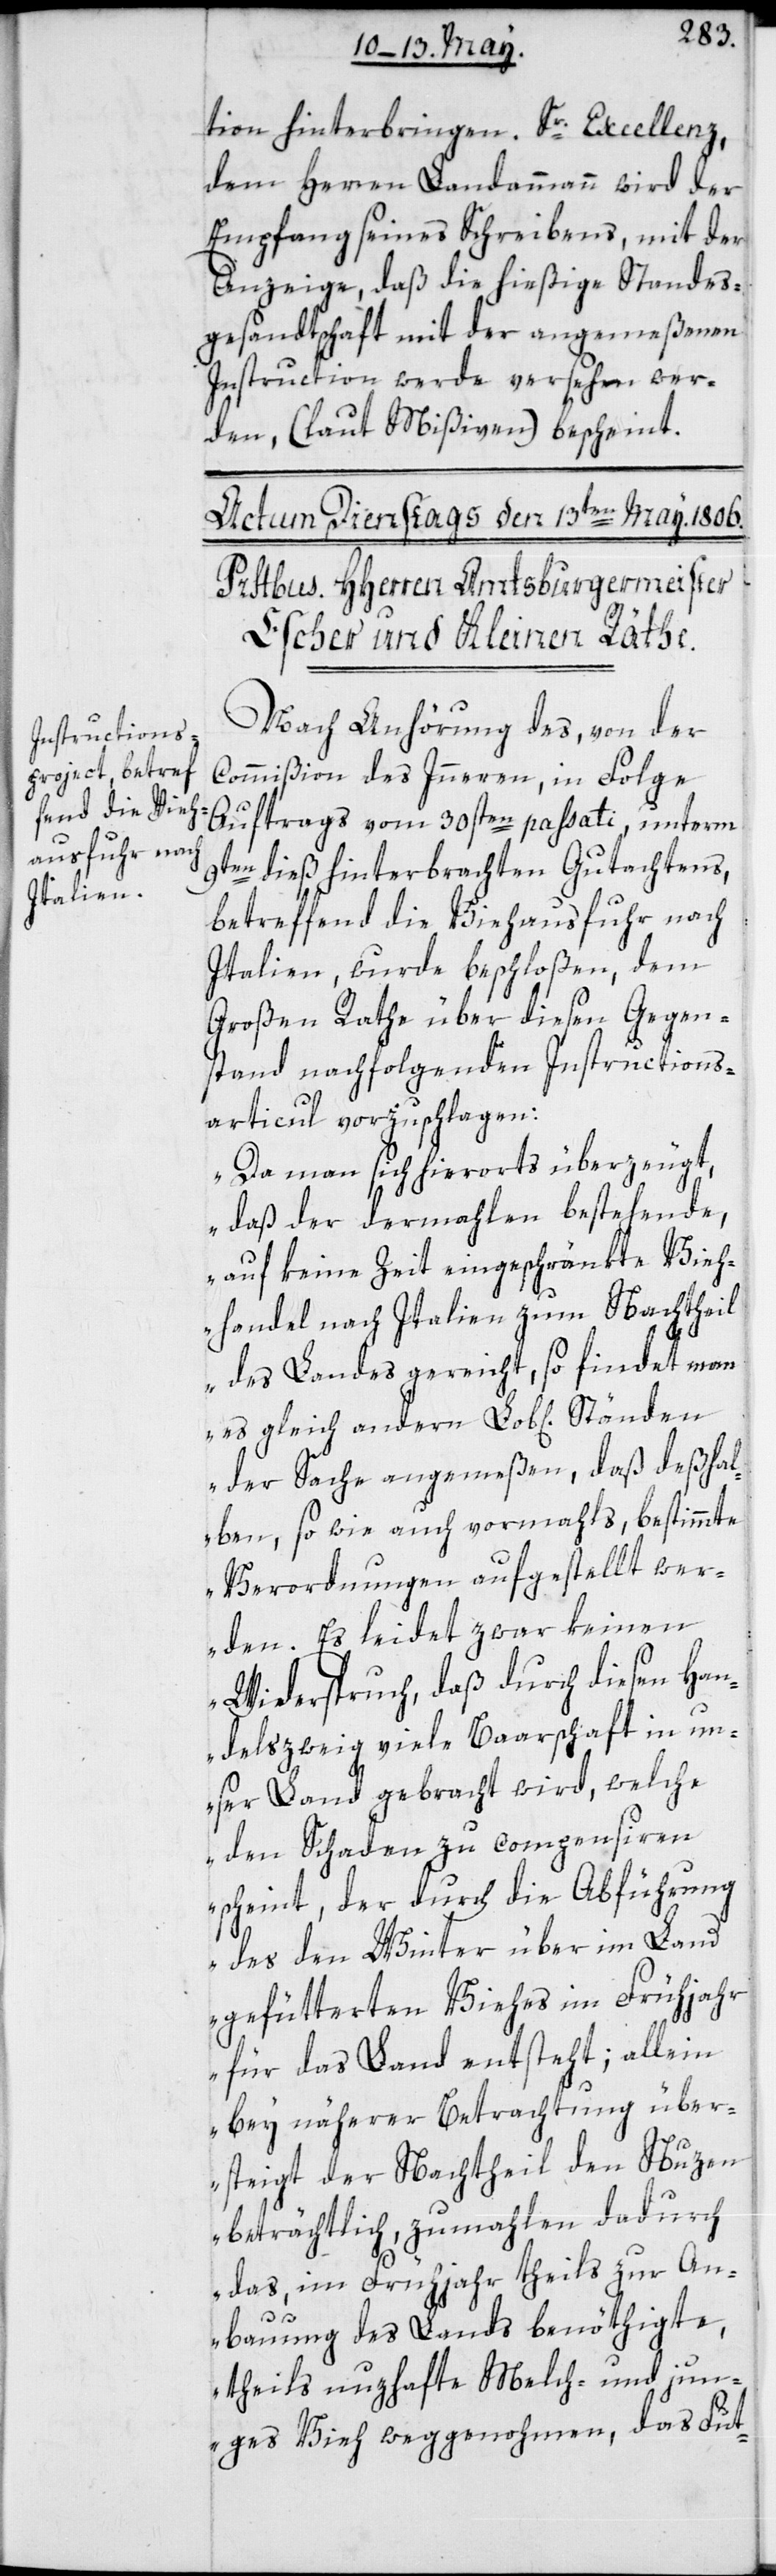
tion hinterbringen. Sr. Excellenz,
dem Herren Landammann wird der
Empfang seines Schreibens mit der
Anzeige, daß die hießige Standes¬
gesandtschaft mit der angemeßenen
Instruction werde versehen wer¬
den, (laut Mißiven) bescheint.
Nach Anhörung des von der
Commißion des Innern in Folge
Auftrags vom 30sten passati, unterm
9ten dieß hinterbrachten Gutachtens,
betreffend die Viehausfuhr nach
Italien, wurde beschloßen, dem
Großen Rathe über diesen Gegen¬
stand nachfolgenden Instructions¬
articul vorzuschlagen:
„Da man sich hierorts überzeugt,
daß der dermahlen bestehende,
auf keine Zeit eingeschränkte Vieh¬
handel nach Italien zum Nachtheil
des Landes gereicht, so findet man
der Sache angemeßen, daß deßhal¬
ben so wie auch vormahls, bestimmte
Verordnungen aufgestellt wer¬
den. Es leidet zwar keinen
Widerspruch, daß durch diesen Han¬
delszweig viele Baarschaft in un¬
ser Land gebracht wird, welche
den Schaden zu compensiren
scheint, der durch die Abführung
des den Winter über im Land
gefütterten Viehes im Frühjahr
für das Land entsteht; allein
bey näherer Betrachtung über¬
steigt der Nachtheil den Nuzen
beträchtlich, zumahlen dadurch
das, im Frühjahr theils zur An¬
bauung des Lands benöthigte,
theils nuzhafte Melch- und jun¬
ges Vieh weggenohmen, das Fut-